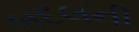
બદલની